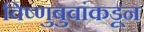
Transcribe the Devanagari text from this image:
विष्णुबुवांकडून